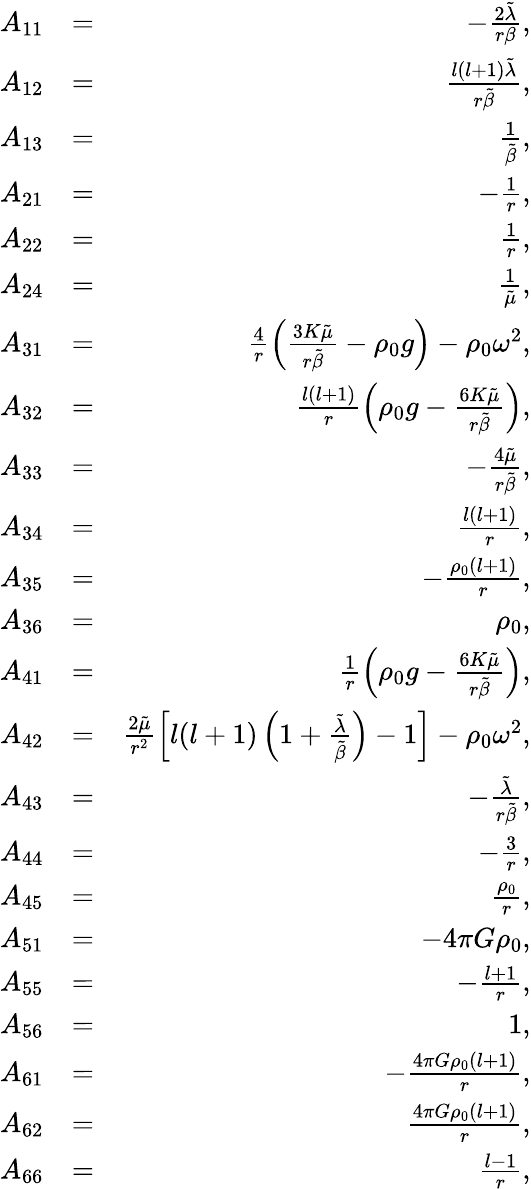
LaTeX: \begin{array}{rlr}{A_{11}}&{=}&{-\frac{2\tilde{\lambda}}{r\beta},}\\ {A_{12}}&{=}&{\frac{l(l+1)\tilde{\lambda}}{r\tilde{\beta}},}\\ {A_{13}}&{=}&{\frac{1}{\tilde{\beta}},}\\ {A_{21}}&{=}&{-\frac{1}{r},}\\ {A_{22}}&{=}&{\frac{1}{r},}\\ {A_{24}}&{=}&{\frac{1}{\tilde{\mu}},}\\ {A_{31}}&{=}&{\frac{4}{r}\left(\frac{3K\tilde{\mu}}{r\tilde{\beta}}-\rho_{0}g\right)-\rho_{0}\omega^{2},}\\ {A_{32}}&{=}&{\frac{l(l+1)}{r}\left(\rho_{0}g-\frac{6K\tilde{\mu}}{r\tilde{\beta}}\right),}\\ {A_{33}}&{=}&{-\frac{4\tilde{\mu}}{r\tilde{\beta}},}\\ {A_{34}}&{=}&{\frac{l(l+1)}{r},}\\ {A_{35}}&{=}&{-\frac{\rho_{0}(l+1)}{r},}\\ {A_{36}}&{=}&{\rho_{0},}\\ {A_{41}}&{=}&{\frac{1}{r}\left(\rho_{0}g-\frac{6K\tilde{\mu}}{r\tilde{\beta}}\right),}\\ {A_{42}}&{=}&{\frac{2\tilde{\mu}}{r^{2}}\left[l(l+1)\left(1+\frac{\tilde{\lambda}}{\tilde{\beta}}\right)-1\right]-\rho_{0}\omega^{2},}\\ {A_{43}}&{=}&{-\frac{\tilde{\lambda}}{r\tilde{\beta}},}\\ {A_{44}}&{=}&{-\frac{3}{r},}\\ {A_{45}}&{=}&{\frac{\rho_{0}}{r},}\\ {A_{51}}&{=}&{-4\pi G\rho_{0},}\\ {A_{55}}&{=}&{-\frac{l+1}{r},}\\ {A_{56}}&{=}&{1,}\\ {A_{61}}&{=}&{-\frac{4\pi G\rho_{0}(l+1)}{r},}\\ {A_{62}}&{=}&{\frac{4\pi G\rho_{0}(l+1)}{r},}\\ {A_{66}}&{=}&{\frac{l-1}{r},}\end{array}